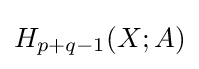
H_{p+q-1}(X;A)